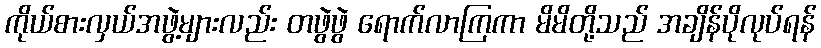
ကိုယ်စားလှယ်အဖွဲ့များလည်း တဖွဲဖွဲ ရောက်လာကြကာ မိမိတို့သည် အချိန်ပိုလုပ်ရန်